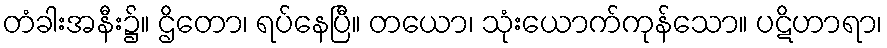
တံခါးအနီး၌။ ဌိတော၊ ရပ်နေပြီ။ တယော၊ သုံးယောက်ကုန်သော။ ပဋိဟာရာ၊